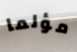
مؤلما